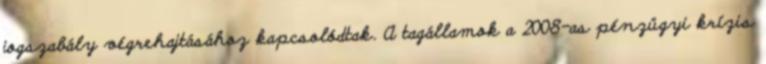
jogszabály végrehajtásához kapcsolódtak. A tagállamok a 2008-as pénzügyi krízis